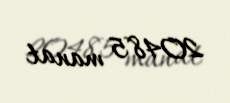
20485 manat